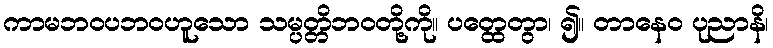
ကာမဘဝပဘဝဟူသော သမ္ပတ္တိဘဝတို့ကို။ ပတ္ထေတွာ၊ ၍။ တာနေဝ ပုညာနိ၊